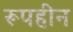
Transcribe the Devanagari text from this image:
रूपहीन